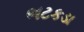
ભટકડા